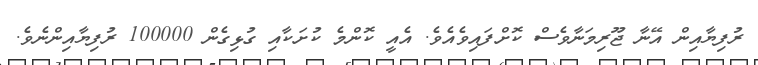
ރުފިޔާއިން އޭނާ ޖޫރިމަނާވެސް ކޮށްފައިވެއެވެ. އެއީ ކޮންމެ ކުށަކާއި ގުޅިގެން 100000 ރުފިޔާއިންނެވެ.